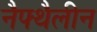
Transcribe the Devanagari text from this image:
नैफ्थैलीन